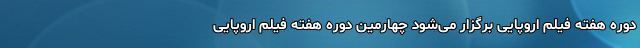
دوره هفته فیلم اروپایی برگزار می‌شود چهارمین دوره هفته فیلم اروپایی